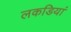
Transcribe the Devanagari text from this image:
लकडियां